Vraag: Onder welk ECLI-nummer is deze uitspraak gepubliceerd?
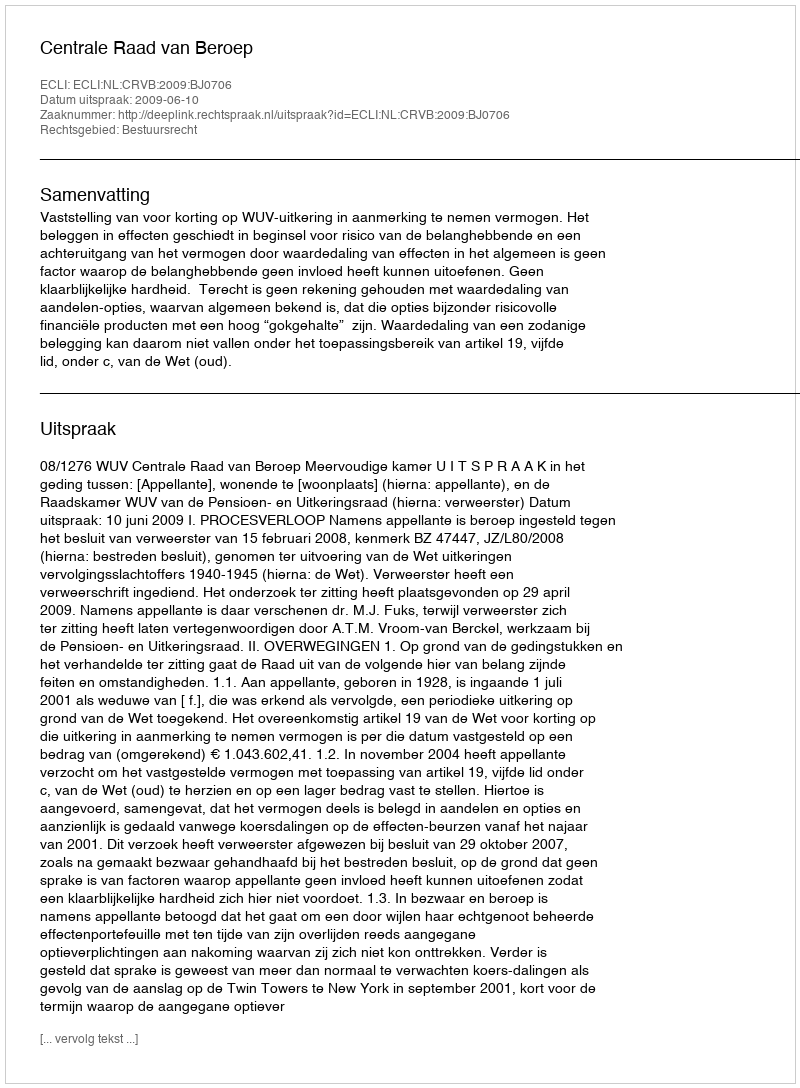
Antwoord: ECLI:NL:CRVB:2009:BJ0706